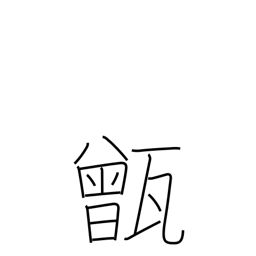
Meaning: rice-steaming pot